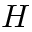
H